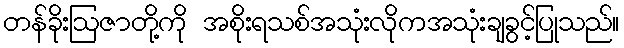
တန်ခိုးဩဇာတို့ကို အစိုးရသစ်အသုံးလိုကအသုံးချခွင့်ပြုသည်။